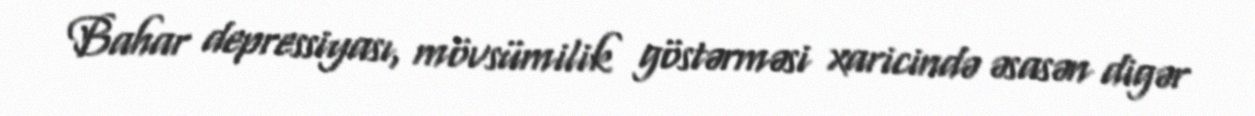
Bahar depressiyası, mövsümilik göstərməsi xaricində əsasən digər